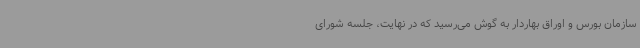
سازمان بورس و اوراق بهاردار به گوش می‌رسید که در نهایت، جلسه شورای